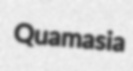
Quamasia